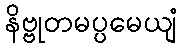
နိဗ္ဗုတမပ္ပမေယျံ